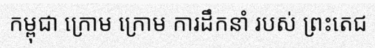
កម្ពុជា ក្រោម ក្រោម ការដឹកនាំ របស់ ព្រះតេជ